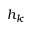
h _ { k }